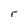
Character: r